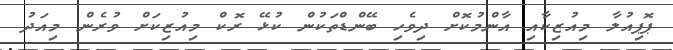
ޕޮޕިއުލާ މިއުޒިކާއި އާންމުކޮށް ދިވެހި ބޭންޑްތަކުން ކުޅޭ ރޮކް މިއުޒިކަށް ވުރެން މިއަދު